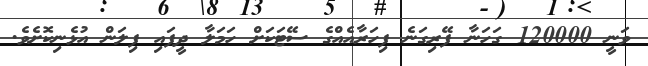
ވަނީ 120000 ގަހަނާ ފޭރިގަނެ ފިހަރާއެއްގެ ސޭޓަކަށް ހަމަލާ ދީފައި ފިލަން އުޅެނިކޮށެވެ.